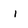
Character: 1